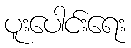
ပူးပေါင်းရေး